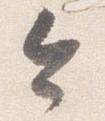
令